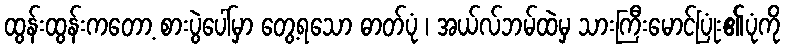
ထွန်းထွန်းကတော့ စားပွဲပေါ်မှာ တွေ့ရသော ဓာတ်ပုံ ၊ အယ်လ်ဘမ်ထဲမှ သားကြီးမောင်ပြုံး၏ပုံကို